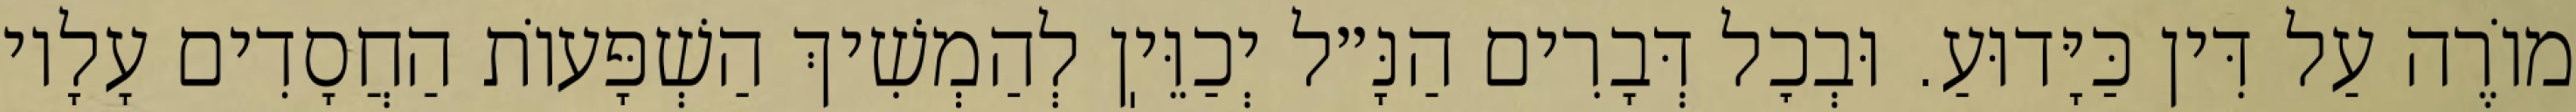
מוֹרֶה עַל דִּין כַּיָּדוּעַ. וּבְכׇל דְּבָרִים הַנָּ״ל יְכַוֵּיֽן לְהַמְשִׁיךְ הַשְׁפָּעוֹת הַחֲסָדִים עָלָיו